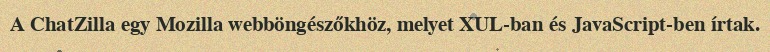
A ChatZilla egy Mozilla webböngészőkhöz, melyet XUL-ban és JavaScript-ben írtak.